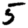
Digit: 5